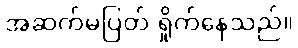
အဆက်မပြတ် ရှိုက်နေသည်။